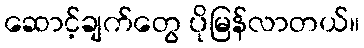
ဆောင့်ချက်တွေ ပိုမြန်လာတယ်။